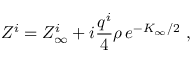
Z ^ { i } = Z _ { \infty } ^ { i } + i { \frac { q ^ { i } } { 4 } } \rho \, e ^ { - K _ { \infty } / 2 } \ ,